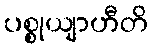
ပစ္စုယျာဟီတိ